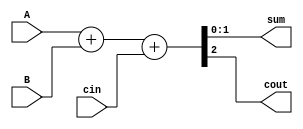
`timescale 1ns / 1ps
//////////////////////////////////////////////////////////////////////////////////
// Company: 
// Engineer: 
// 
// Design Name: 
// Module Name:    problema5 
// Project Name: 
// Target Devices: 
// Tool versions: 
// Description: 
// 		Disear un circuito full adder de 2 bits. 
// Dependencies: 
//
// Revision: 
// Revision 0.01 - File Created
// Additional Comments: 
//
//////////////////////////////////////////////////////////////////////////////////
module problema5
#(parameter N=1)
(
	input [N:0] A,
	input [N:0] B,
	input cin,
	output reg [N:0] sum,
	output reg cout
);

always@(*)
begin
	{cout, sum} = A + B + cin;
end

endmodule